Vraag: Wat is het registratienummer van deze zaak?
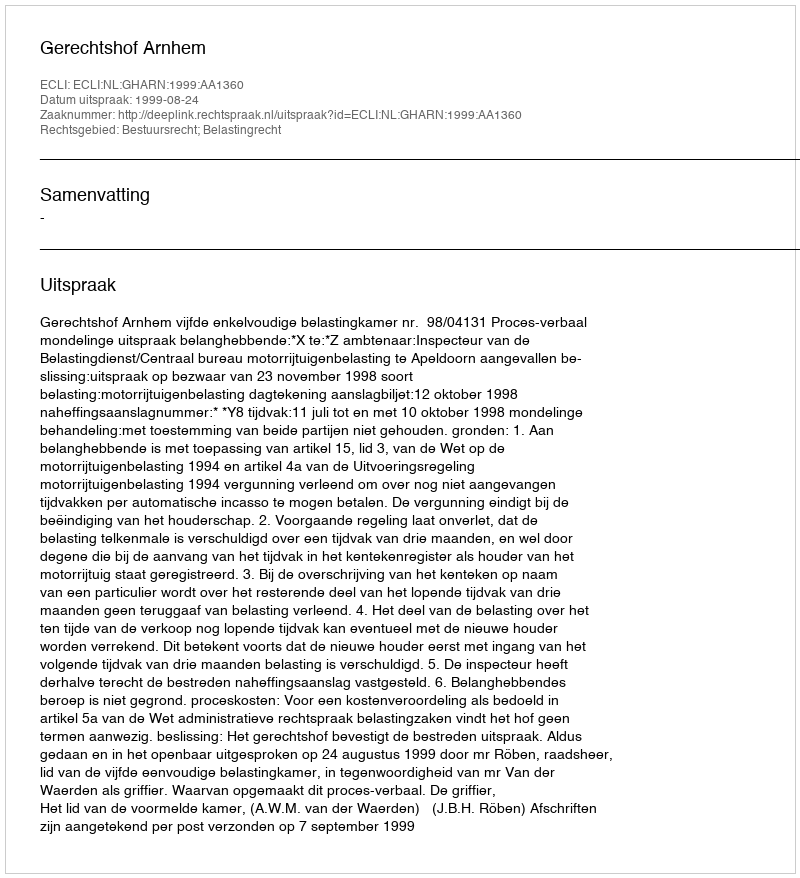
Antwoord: http://deeplink.rechtspraak.nl/uitspraak?id=ECLI:NL:GHARN:1999:AA1360